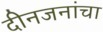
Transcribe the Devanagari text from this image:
दीनजनांचा